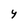
Character: Y